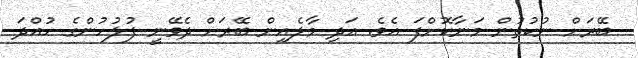
ބޭރަށް ނުކުތުން މަނާކޮށްފަ އެވެ. އަދި މާލެއިން ބޭރަށް ދެވޭނީ ފުލުހުންގެ ހުއްދަ